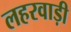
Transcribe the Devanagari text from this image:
लहरवाड़ी